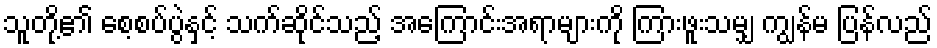
သူတို့၏ စေ့စပ်ပွဲနှင့် သက်ဆိုင်သည့် အကြောင်းအရာများကို ကြားဖူးသမျှ ကျွန်မ ပြန်လည်